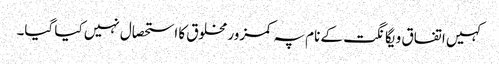
کہیں اتفاق و یگانگت کے نام پہ کمزور مخلوق کا استحصال نہیں کیا گیا۔